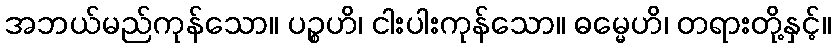
အဘယ်မည်ကုန်သော။ ပဉ္စဟိ၊ ငါးပါးကုန်သော။ ဓမ္မေဟိ၊ တရားတို့နှင့်။